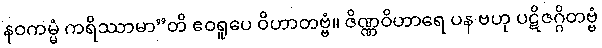
နဝကမ္မံ ကရိဿာမာ”တိ ဧဝရူပေ ဝိဟာတဗ္ဗံ။ ဇိဏ္ဏဝိဟာရေ ပန ဗဟု ပဋိဇဂ္ဂိတဗ္ဗံ